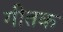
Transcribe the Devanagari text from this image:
गीतक